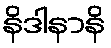
နိဒါနာနိ